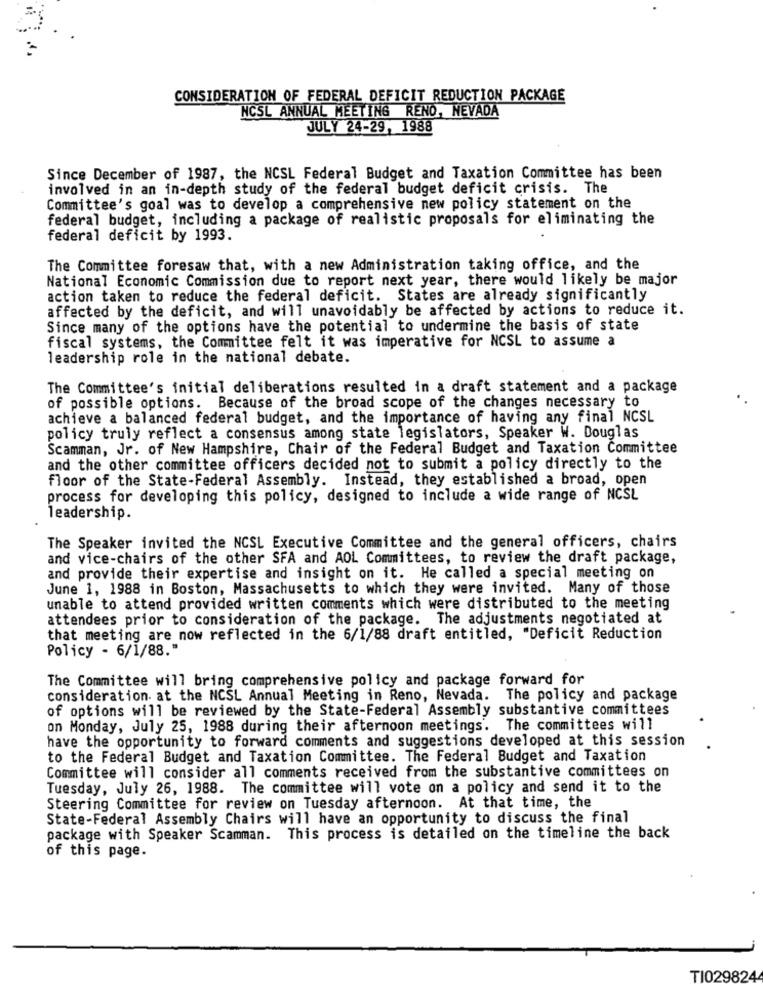
CONSIDERATION OF FEDERAL DEFICIT REDUCTION PACKAGE
NCSL ANNUAL MEETING RENO, NEVADA
JULY 24-29, 1988
Since December of 1987, the NCSL Federal Budget and Taxation Committee has been
involved in an in-depth study of the federal budget deficit crisis. The
Committee's goal was to develop a comprehensive new policy statement on the
federal budget, including a package of realistic proposals for eliminating the
federal deficit by 1993.
The Committee foresaw that, with a new Administration taking office, and the
National Economic Commission due to report next year, there would likely be major
action taken to reduce the federal deficit. States are already significantly
affected by the deficit, and will unavoidably be affected by actions to reduce it.
Since many of the options have the potential to undermine the basis of state
fiscal systems, the Committee felt it was imperative for NCSL to assume a
leadership role in the national debate.
The Committee's initial deliberations resulted in a draft statement and a package
of possible options. Because of the broad scope of the changes necessary to
achieve a balanced federal budget, and the importance of having any final NCSL
policy truly reflect a consensus among state legislators, Speaker W. Douglas
Scamman, Jr. of New Hampshire, Chair of the Federal Budget and Taxation Committee
and the other committee officers decided not to submit a policy directly to the
floor of the State-Federal Assembly. Instead, they established a broad, open
process for developing this policy, designed to include a wide range of NCSL
leadership.
The Speaker invited the NCSL Executive Committee and the general officers, chairs
and vice-chairs of the other SFA and AOL Committees, to review the draft package,
and provide their expertise and insight on it. He called a special meeting on
June 1, 1988 in Boston, Massachusetts to which they were invited. Many of those
unable to attend provided written comments which were distributed to the meeting
attendees prior to consideration of the package. The adjustments negotiated at
that meeting are now reflected in the 6/1/88 draft entitled, "Deficit Reduction
Policy - 6/1/88."
The Committee will bring comprehensive policy and package forward for
consideration at the NCSL Annual Meeting in Reno, Nevada. The policy and package
of options will be reviewed by the State-Federal Assembly substantive committees
on Monday, July 25, 1988 during their afternoon meetings. The committees will
have the opportunity to forward comments and suggestions developed at this session
to the Federal Budget and Taxation Committee. The Federal Budget and Taxation
Committee will consider all comments received from the substantive committees on
Tuesday, July 26, 1988. The committee will vote on a policy and send it to the
Steering Committee for review on Tuesday afternoon. At that time, the
State-Federal Assembly Chairs will have an opportunity to discuss the final
package with Speaker Scamman. This process is detailed on the timeline the back
of this page.
TI0298244